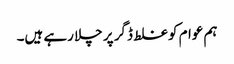
ہم عوام کو غلط ڈگر پر چلا رہے ہیں۔